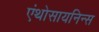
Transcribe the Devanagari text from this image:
एंथोसायनिन्स